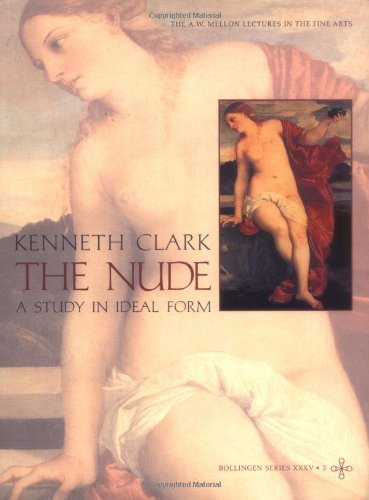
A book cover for The Nude: A Study in Ideal Form; Kenneth Clark; Arts & Photography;